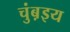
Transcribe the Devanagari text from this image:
चुंब़इय